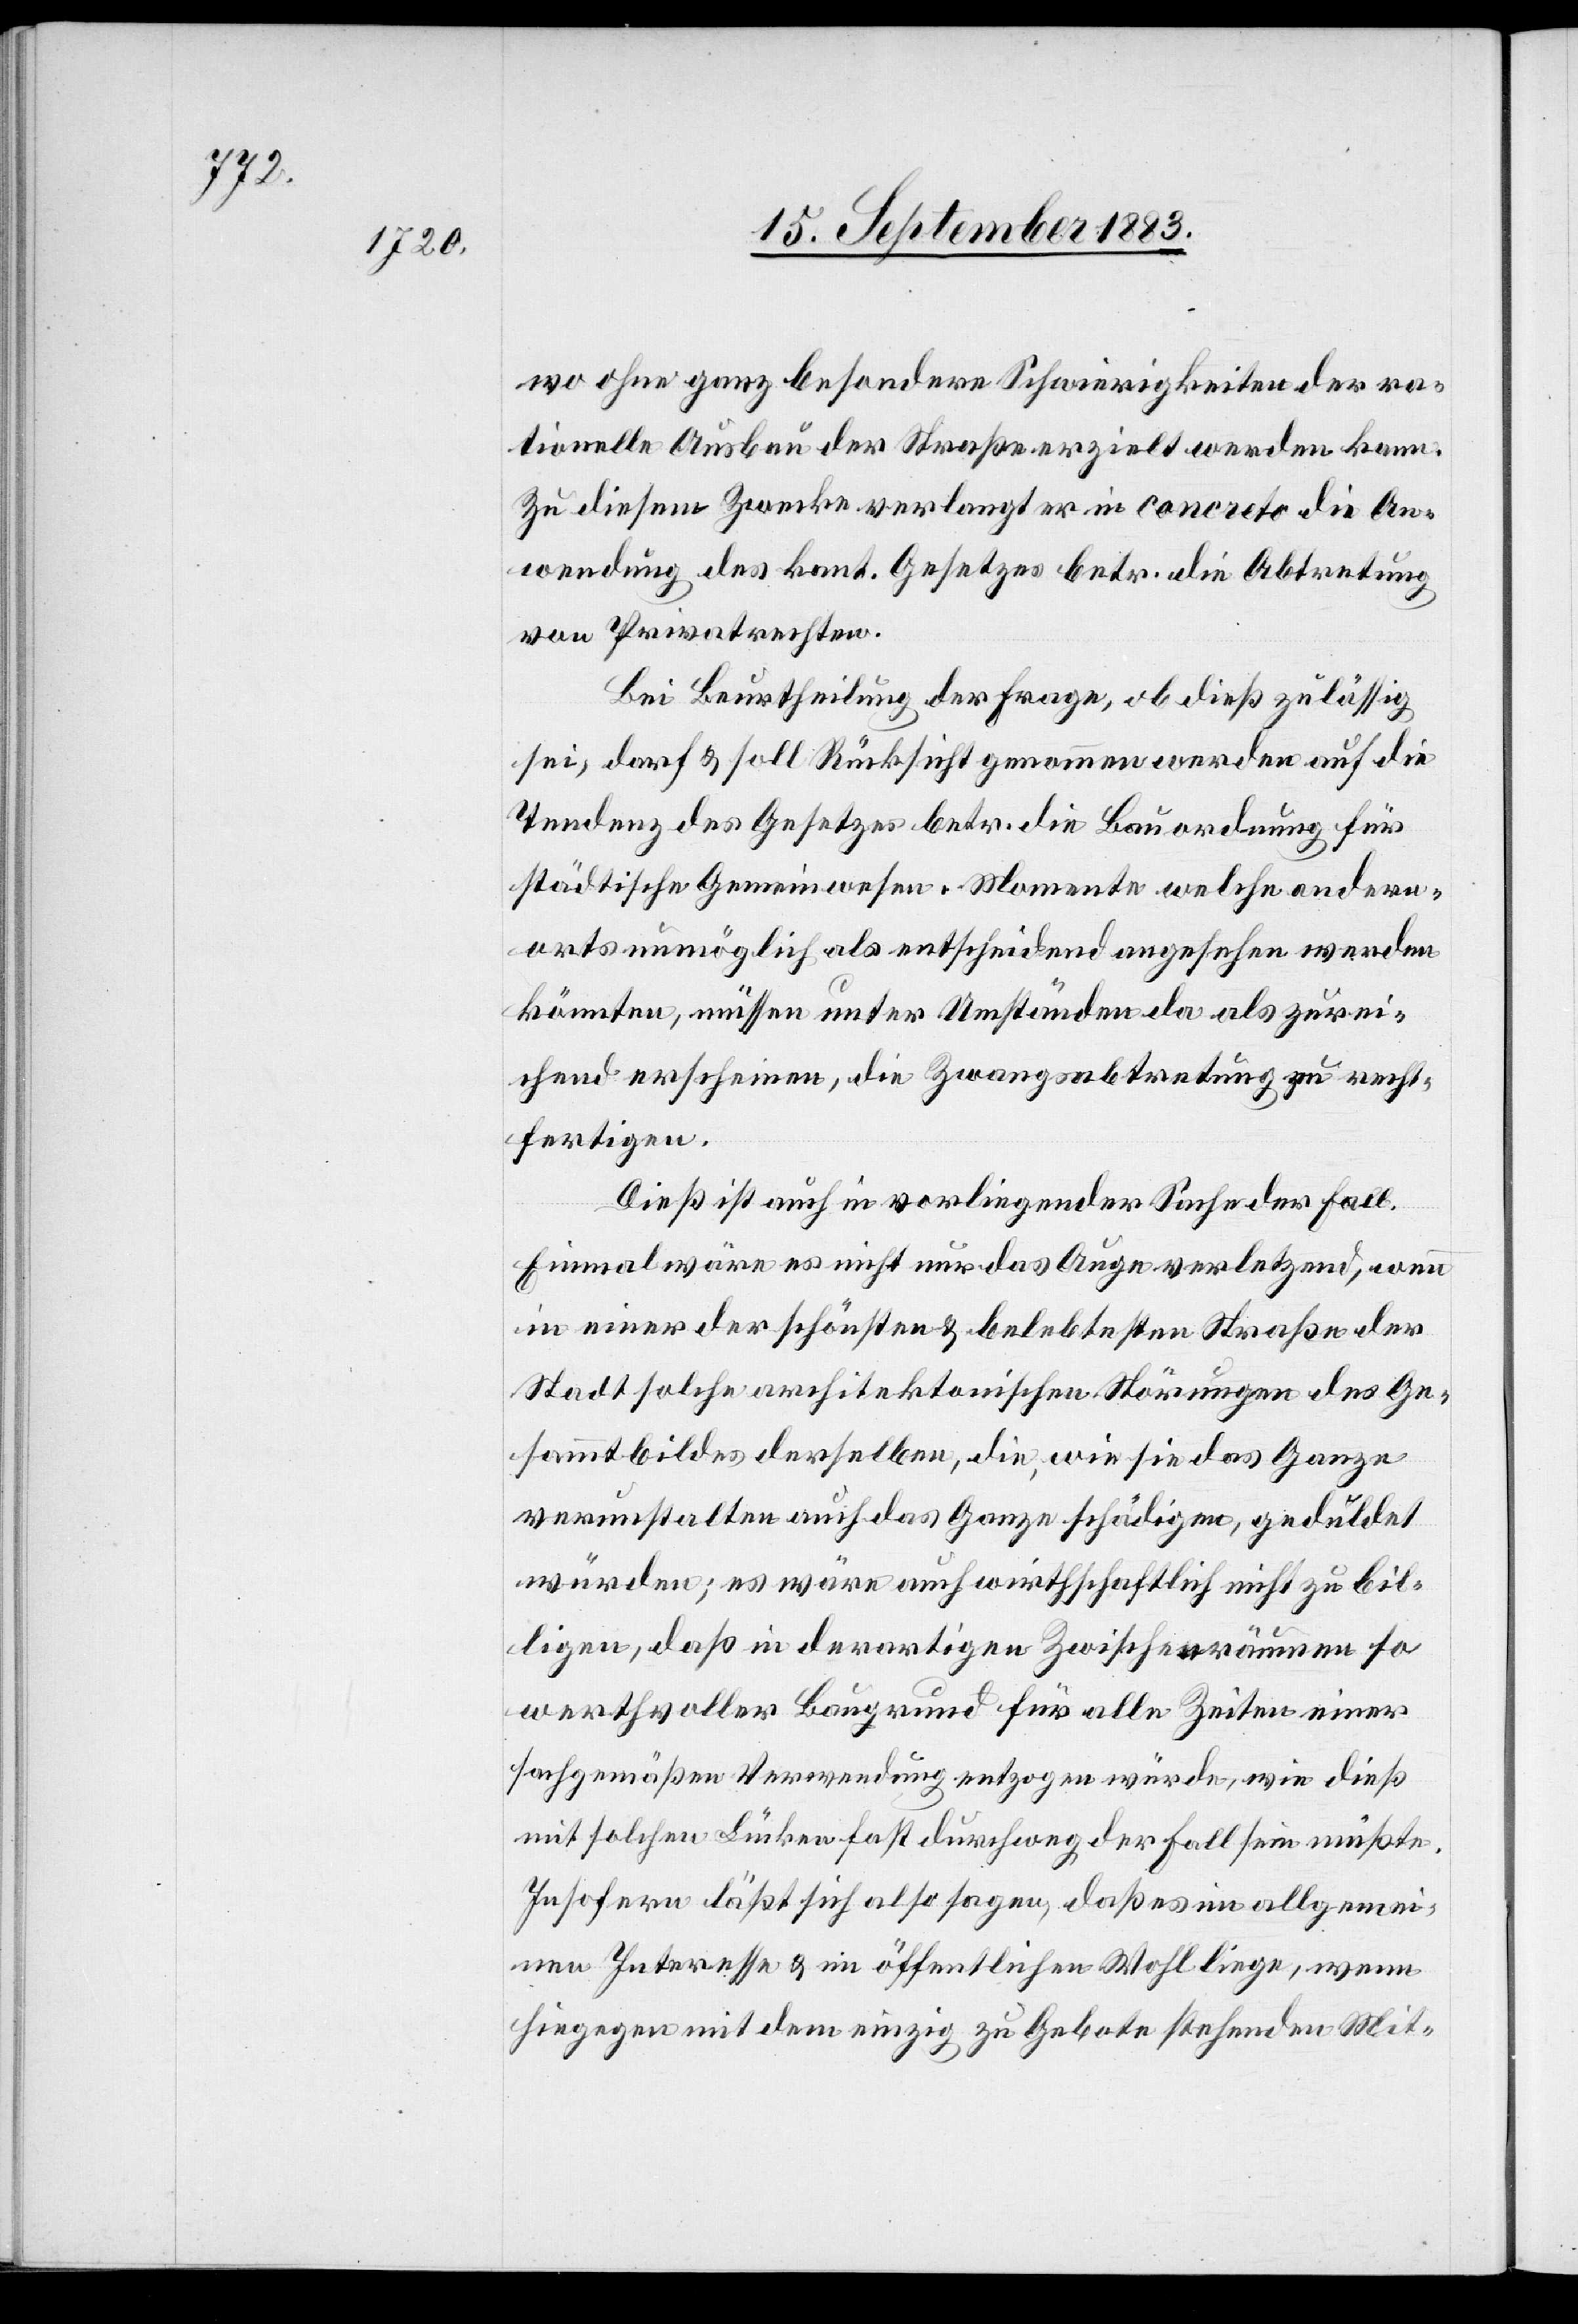
wo ohne ganz besondere Schwierigkeiten der ra¬
tionelle Ausbau der Straße erzielt werden kann.
Zu diesem Zwecke verlangt er in concreto die An¬
wendung des kant. Gesetzes betr. die Abtretung
von Privatrechten.
Bei Beurtheilung der Frage, ob dieß zulässig
sei, darf & soll Rücksicht genommen werden auf die
Tendenz des Gesetzes betr. die Bauordnung für
städtische Gemeinwesen. Momente welche andern¬
orts unmöglich als entscheidend angesehen werden
könnten, müssen unter Umständen da als zurei¬
chend erscheinen, die Zwangsabtretung zu recht¬
fertigen.
Dieß ist auch in vorliegender Sache der Fall.
Einmal wäre es nicht nur das Auge verletzend, wenn
in einer der schönsten & belebtesten Straßen der
Stadt solche architektonischen Störungen des Ge¬
sammtbildes derselben, die, wie sie das Ganze
verunstalten auch das Ganze schädigen, geduldet
würden; es wäre auch wirthschaftlich nicht zu bil¬
ligen, daß in derartigen Zwischenräumen so
werthvoller Baugrund für alle Zeiten einer
fachgemäßen Verwendung entzogen würde, wie dieß
mit solchen Lücken fast durchweg der Fall sein müßte.
Insofern läßt sich also sagen, daß es im allgemei¬
nen Interesse & im öffentlichen Wohl liege, wenn
hiegegen mit dem einzig zu Gebote stehenden Mit-